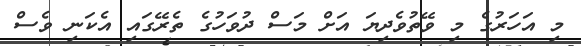
މި އަހަރުގެ މި ވޭތުވެދިޔަ އަށް މަސް ދުވަހުގެ ތެރޭގައި އެކަނި ވެސް